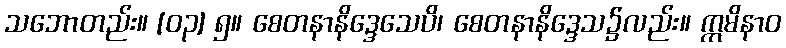
သဘောတည်း။ [၀၃] ၅။ စေတနာနိဒ္ဒေသေပိ၊ စေတနာနိဒ္ဒေသ၌လည်း။ ဣမိနာဝ